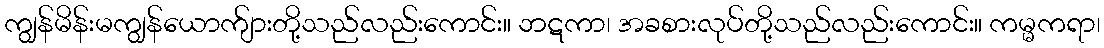
ကျွန်မိန်းမကျွန်ယောက်ျားတို့သည်လည်းကောင်း။ ဘဋကာ၊ အခစားလုပ်တို့သည်လည်းကောင်း။ ကမ္မကရာ၊